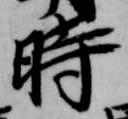
時